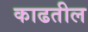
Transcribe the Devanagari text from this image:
काढतील